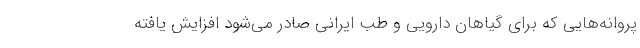
پروانه‌هایی که برای گیاهان دارویی و طب ایرانی صادر می‌شود افزایش یافته